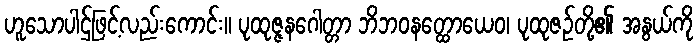
ဟူသောပါဌ်ဖြင့်လည်းကောင်း။ ပုထုဇ္ဇနဂေါတ္တာ ဘိဘဝနတ္ထောယေဝ၊ ပုထုဇဉ်တို့၏ အနွယ်ကို